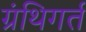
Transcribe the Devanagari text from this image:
ग्रंथिगर्त